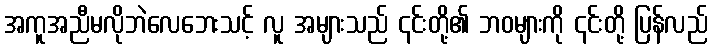
အကူအညီမလိုဘဲလေဘေးသင့် လူ အများသည် ၎င်းတို့၏ ဘဝများကို ၎င်းတို့ ပြန်လည်